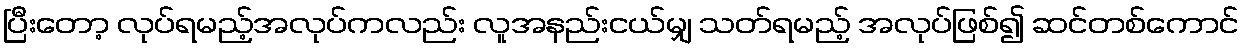
ပြီးတော့ လုပ်ရမည့်အလုပ်ကလည်း လူအနည်းငယ်မျှ သတ်ရမည့် အလုပ်ဖြစ်၍ ဆင်တစ်ကောင်